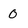
Character: 0